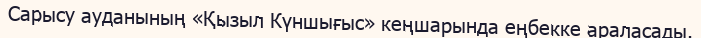
Сарысу ауданының «Қызыл Күншығыс» кеңшарында еңбекке араласады.